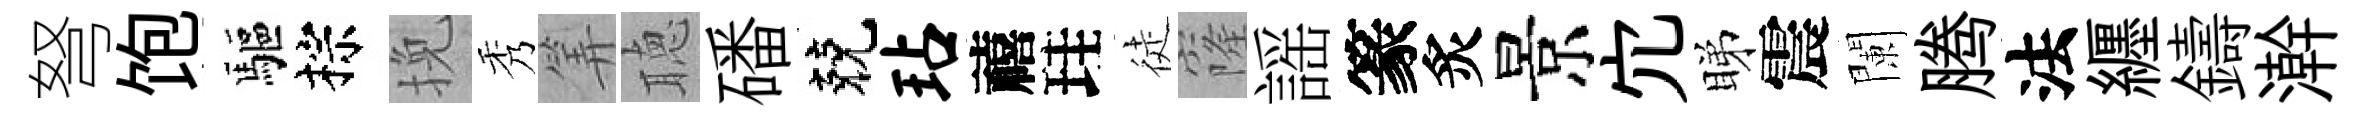
弩饱驅棕挽秀筭聴磻兢玷禧珪徒窿謡篆炙景宂睇震闌腾法纒鑄澣